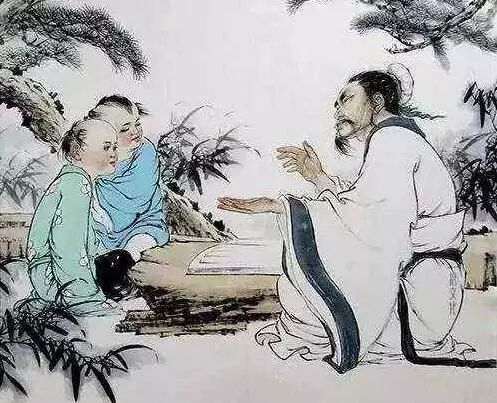
故木受绳则直，金就砺则利，君子博学而日参省乎己，则知明而行无过矣。